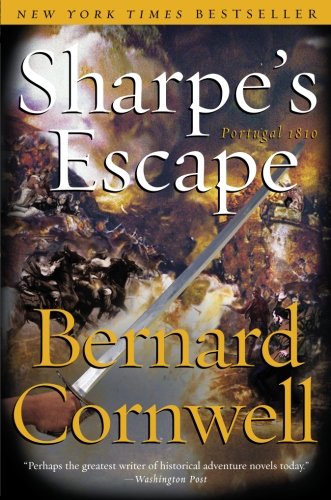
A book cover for Sharpe's Escape: Richard Sharpe & the Bussaco Campaign, 1810 (Richard Sharpe's Adventure Series #10); Bernard Cornwell; Literature & Fiction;